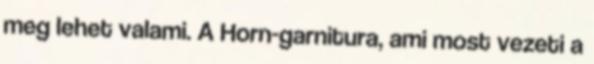
meg lehet valami. A Horn-garnitura, ami most vezeti a